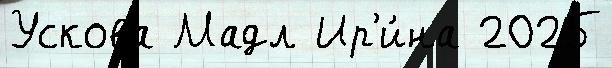
Ускова Мадл Ир'и́на 2025